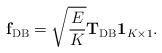
LaTeX: \begin{align*} {\bf f}_{\rm DB} = \sqrt{\frac{E}{K}}{\bf T}_{\rm DB}{\bf 1}_{K\times 1}.\end{align*}